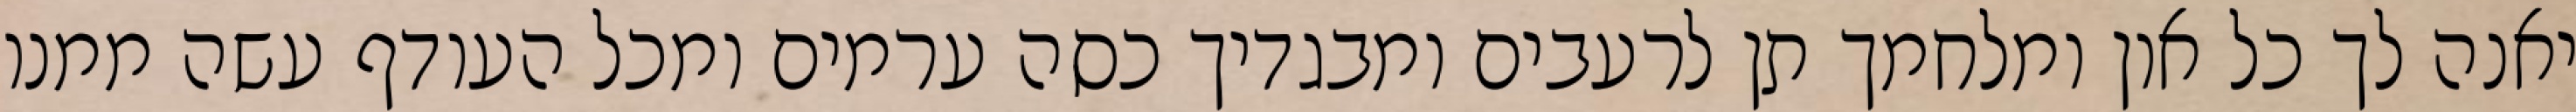
יאנה לך כל און ומלחמך תן לרעבים ומבגדיך כסה ערמים ומכל העודף עשה ממנו